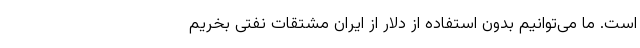
است. ما می‌توانیم بدون استفاده از دلار از ایران مشتقات نفتی بخریم